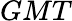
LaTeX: GMT